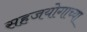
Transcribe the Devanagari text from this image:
सहजयोगाच्या